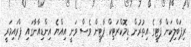
ރިޕަބްލިކަން ޕާޓީގެ އިތުރުން ޑިމޮކްރަޓިކް ޕާޓީން ވެސް ވަނީ އިއްޔެ އިންޑިއާނާގައި ޕްރައިމަރީ